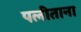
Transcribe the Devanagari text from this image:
पलीताना